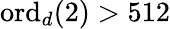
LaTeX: \mathrm{ord}_{d}(2)>512